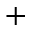
^ { + }